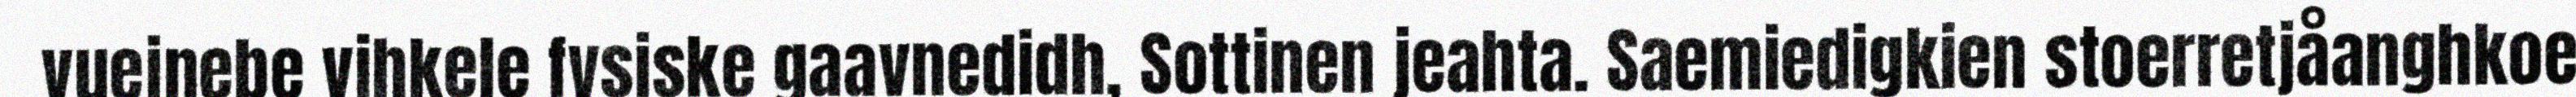
vuejnebe vihkele fysiske gaavnedidh, Sottinen jeahta. Saemiedigkien stoerretjåanghkoe